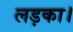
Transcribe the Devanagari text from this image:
लड़का।